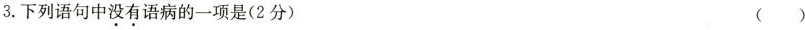
3.下列语句中没有语病的一项是(2分)